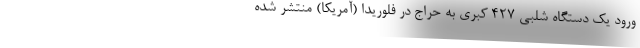
ورود یک دستگاه شلبی 427 کبری به حراج در فلوریدا (آمریکا) منتشر شده